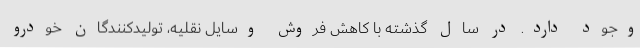
وجود دارد. در سال گذشته با کاهش فروش وسایل نقلیه، تولیدکنندگان خودرو